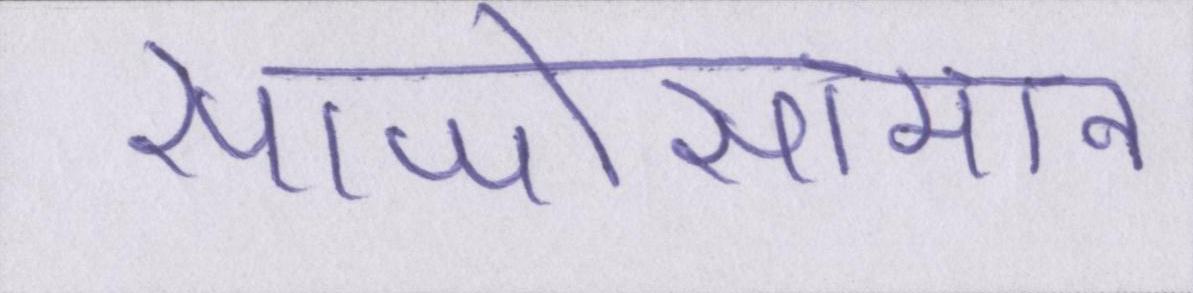
साजोसामान